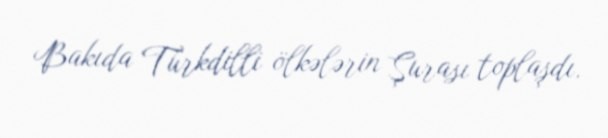
Bakıda Türkdilli ölkələrin Şurası toplaşdı.